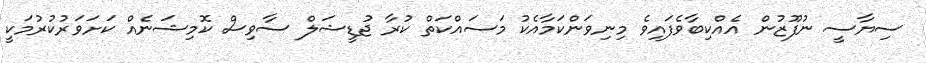
ސިޔާސީ ނުފޫޒުން އެއްކިބާވެފައިވެ މިނިވަންކަމާއެކު މަސައްކަތް ކުރާ ޖުޑީޝަލް ސާވިސް ކޮމިޝަނެއް ކަށަވަރުކުރުމަކީ